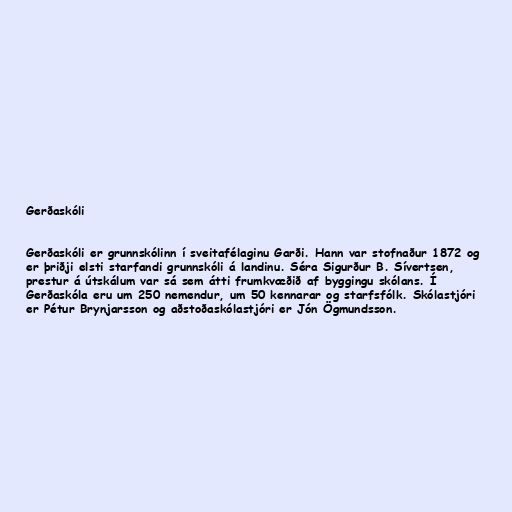
Gerðaskóli

Gerðaskóli er grunnskólinn í sveitafélaginu Garði. Hann var stofnaður 1872 og
er þriðji elsti starfandi grunnskóli á landinu. Séra Sigurður B. Sívertsen,
prestur á útskálum var sá sem átti frumkvæðið af byggingu skólans. Í
Gerðaskóla eru um 250 nemendur, um 50 kennarar og starfsfólk. Skólastjóri
er Pétur Brynjarsson og aðstoðaskólastjóri er Jón Ögmundsson.